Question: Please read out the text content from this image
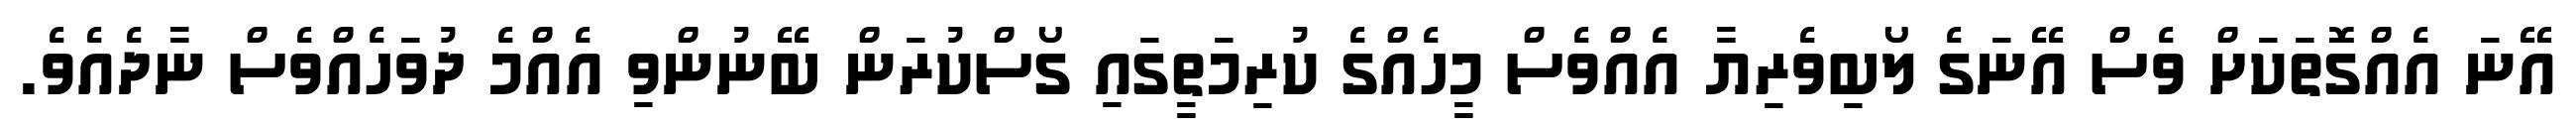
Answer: އޭނަ އެއްގޮތަކަށް ވެސް އޭނަގެ ލޯބިވެރިޔާ އެއްވެސް މީހެއްގެ ކުރިމަތީގައި ގޯސްކުރަން ބޭނުންވި އެއްމެ ދުވަހެއްވެސް ނާދެއެވެ.